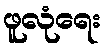
ဖူလုံရေး